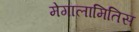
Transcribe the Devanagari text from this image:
मेगालामितिस